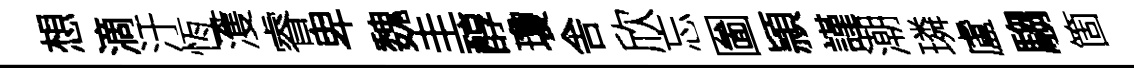
想滴汙恆濩睿卑魏圭醇瓊舎欣忘圗頴謹潮璘盧騶箇